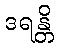
ဒရန္တိ